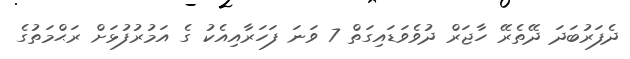
ދެފަރުބަދަ ދޭތެރޭ ހާޖަރް ދުވެވަޑައިގަތް 7 ވަނަ ފަހަރާއިއެކު ގެ އަމުރުފުޅަށް ރަޙްމަތުގެ